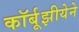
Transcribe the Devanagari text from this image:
कॉर्बूझीयेने